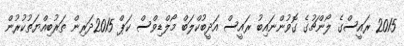
2015 ރައީސްގެ ލޯންޗުގެ ގޮވުންނައިބު ރައީސް އަދީބުކްލަބް މޯލްޑިވްސް ކަޕް 2015ދަރިން ތަރުބިއްޔަތުކުރުން